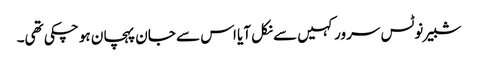
شبیر نوٹس سرور کہیں سے نکل آیا اس سے جان پہچان ہو چکی تھی۔